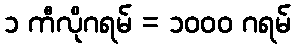
၁ ကီလိုဂရမ် = ၁၀၀၀ ဂရမ်